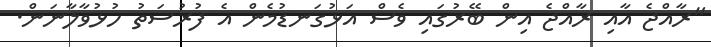
"ރާއްޖެ އާއި ރާއްޖެ އިން ބޭރުގައި ވެސް އަޅުގަނޑުމެން އެ ފުރުސަތު ހުޅުވާލާނަން.